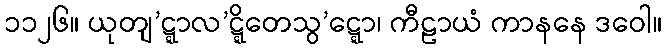
၁၁၂၆။ ယုတျ’ဋ္ဋာလ’ဋ္ဋိတေသွ’ဋ္ဋော၊ ကီဠာယံ ကာနနေ ဒဝေါ။